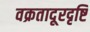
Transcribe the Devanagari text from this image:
वक्रतादूरदृष्टि